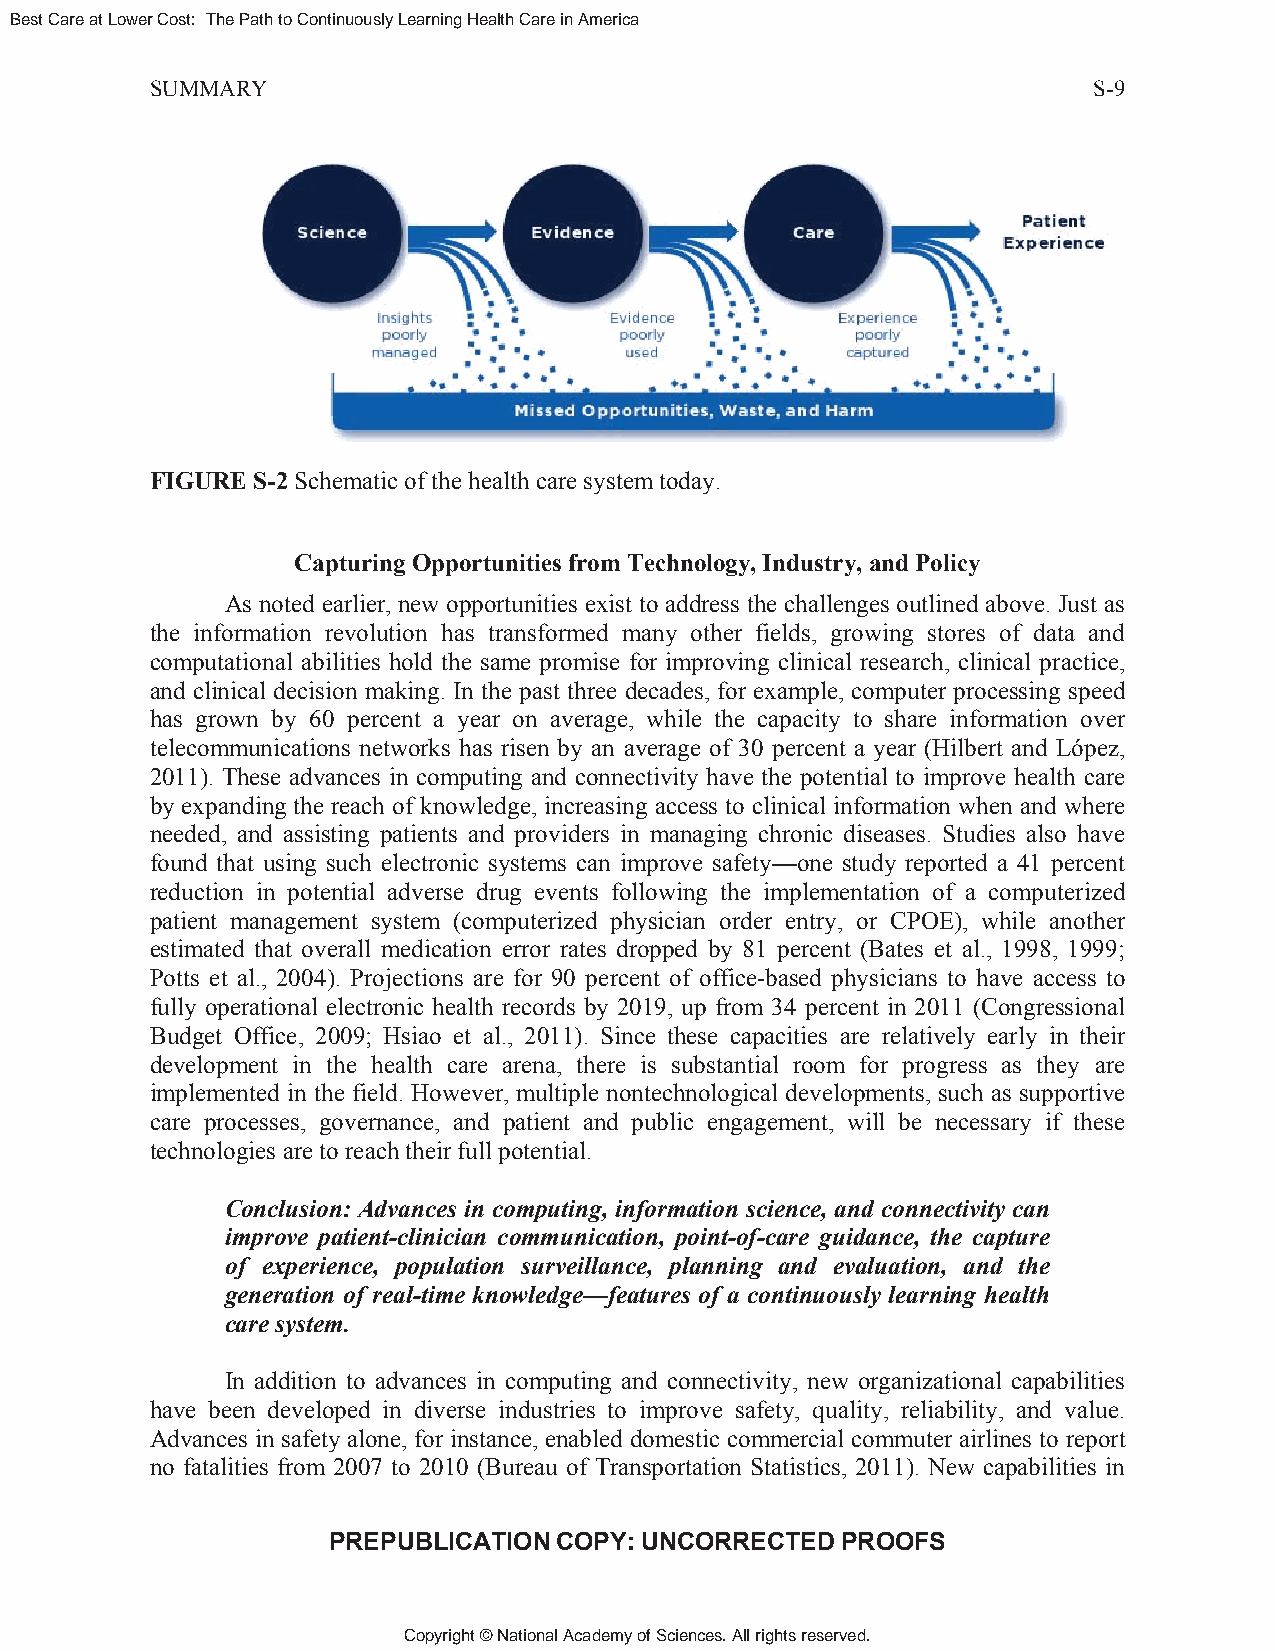
Best Care at Lower Cost: The Path to Continuously Learning Health Care in America
 SUMMARY                                                       S-9
 FIGURE S-2 Schematic of the health care system today.
 Capturing Opportunities from Technology, Industry, and Policy
 As noted earlier, new opportunities exist to address the challenges outlined above. Just as
 the information revolution has transformed many other fields, growing stores of data and
 computational abilities hold the same promise for improving clinical research, clinical practice,
 and clinical decision making. In the past three decades, for example, computer processing speed
 has grown by 60 percent a year on average, while the capacity to share information over
 telecommunications networks has risen by an average of 30 percent a year (Hilbert and López,
 2011). These advances in computing and connectivity have the potential to improve health care
 by expanding the reach of knowledge, increasing access to clinical information when and where
 needed, and assisting patients and providers in managing chronic diseases. Studies also have
 found that using such electronic systems can improve safety—one study reported a 41 percent
 reduction in potential adverse drug events following the implementation of a computerized
 patient management system (computerized physician order entry, or CPOE), while another
 estimated that overall medication error rates dropped by 81 percent (Bates et al., 1998, 1999;
 Potts et al., 2004). Projections are for 90 percent of office-based physicians to have access to
 fully operational electronic health records by 2019, up from 34 percent in 2011 (Congressional
 Budget Office, 2009; Hsiao et al., 2011). Since these capacities are relatively early in their
 development in the health care arena, there is substantial room for progress as they are
 implemented in the field. However, multiple nontechnological developments, such as supportive
 care processes, governance, and patient and public engagement, will be necessary if these
 technologies are to reach their full potential.
 Conclusion: Advances in computing, information science, and connectivity can
 improve patient-clinician communication, point-of-care guidance, the capture
 of experience, population surveillance, planning and evaluation, and the
 generation of real-time knowledge—features of a continuously learning health
 care system.
 In addition to advances in computing and connectivity, new organizational capabilities
 have been developed in diverse industries to improve safety, quality, reliability, and value.
 Advances in safety alone, for instance, enabled domestic commercial commuter airlines to report
 no fatalities from 2007 to 2010 (Bureau of Transportation Statistics, 2011). New capabilities in
 PREPUBLICATION COPY: UNCORRECTED  PROOFS
 Copyright © National Academy of Sciences. All rights reserved.